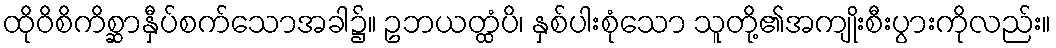
ထိုဝိစိကိစ္ဆာနှီပ်စက်သောအခါ၌။ ဥဘယတ္ထံပိ၊ နှစ်ပါးစုံသော သူတို့၏အကျိုးစီးပွားကိုလည်း။